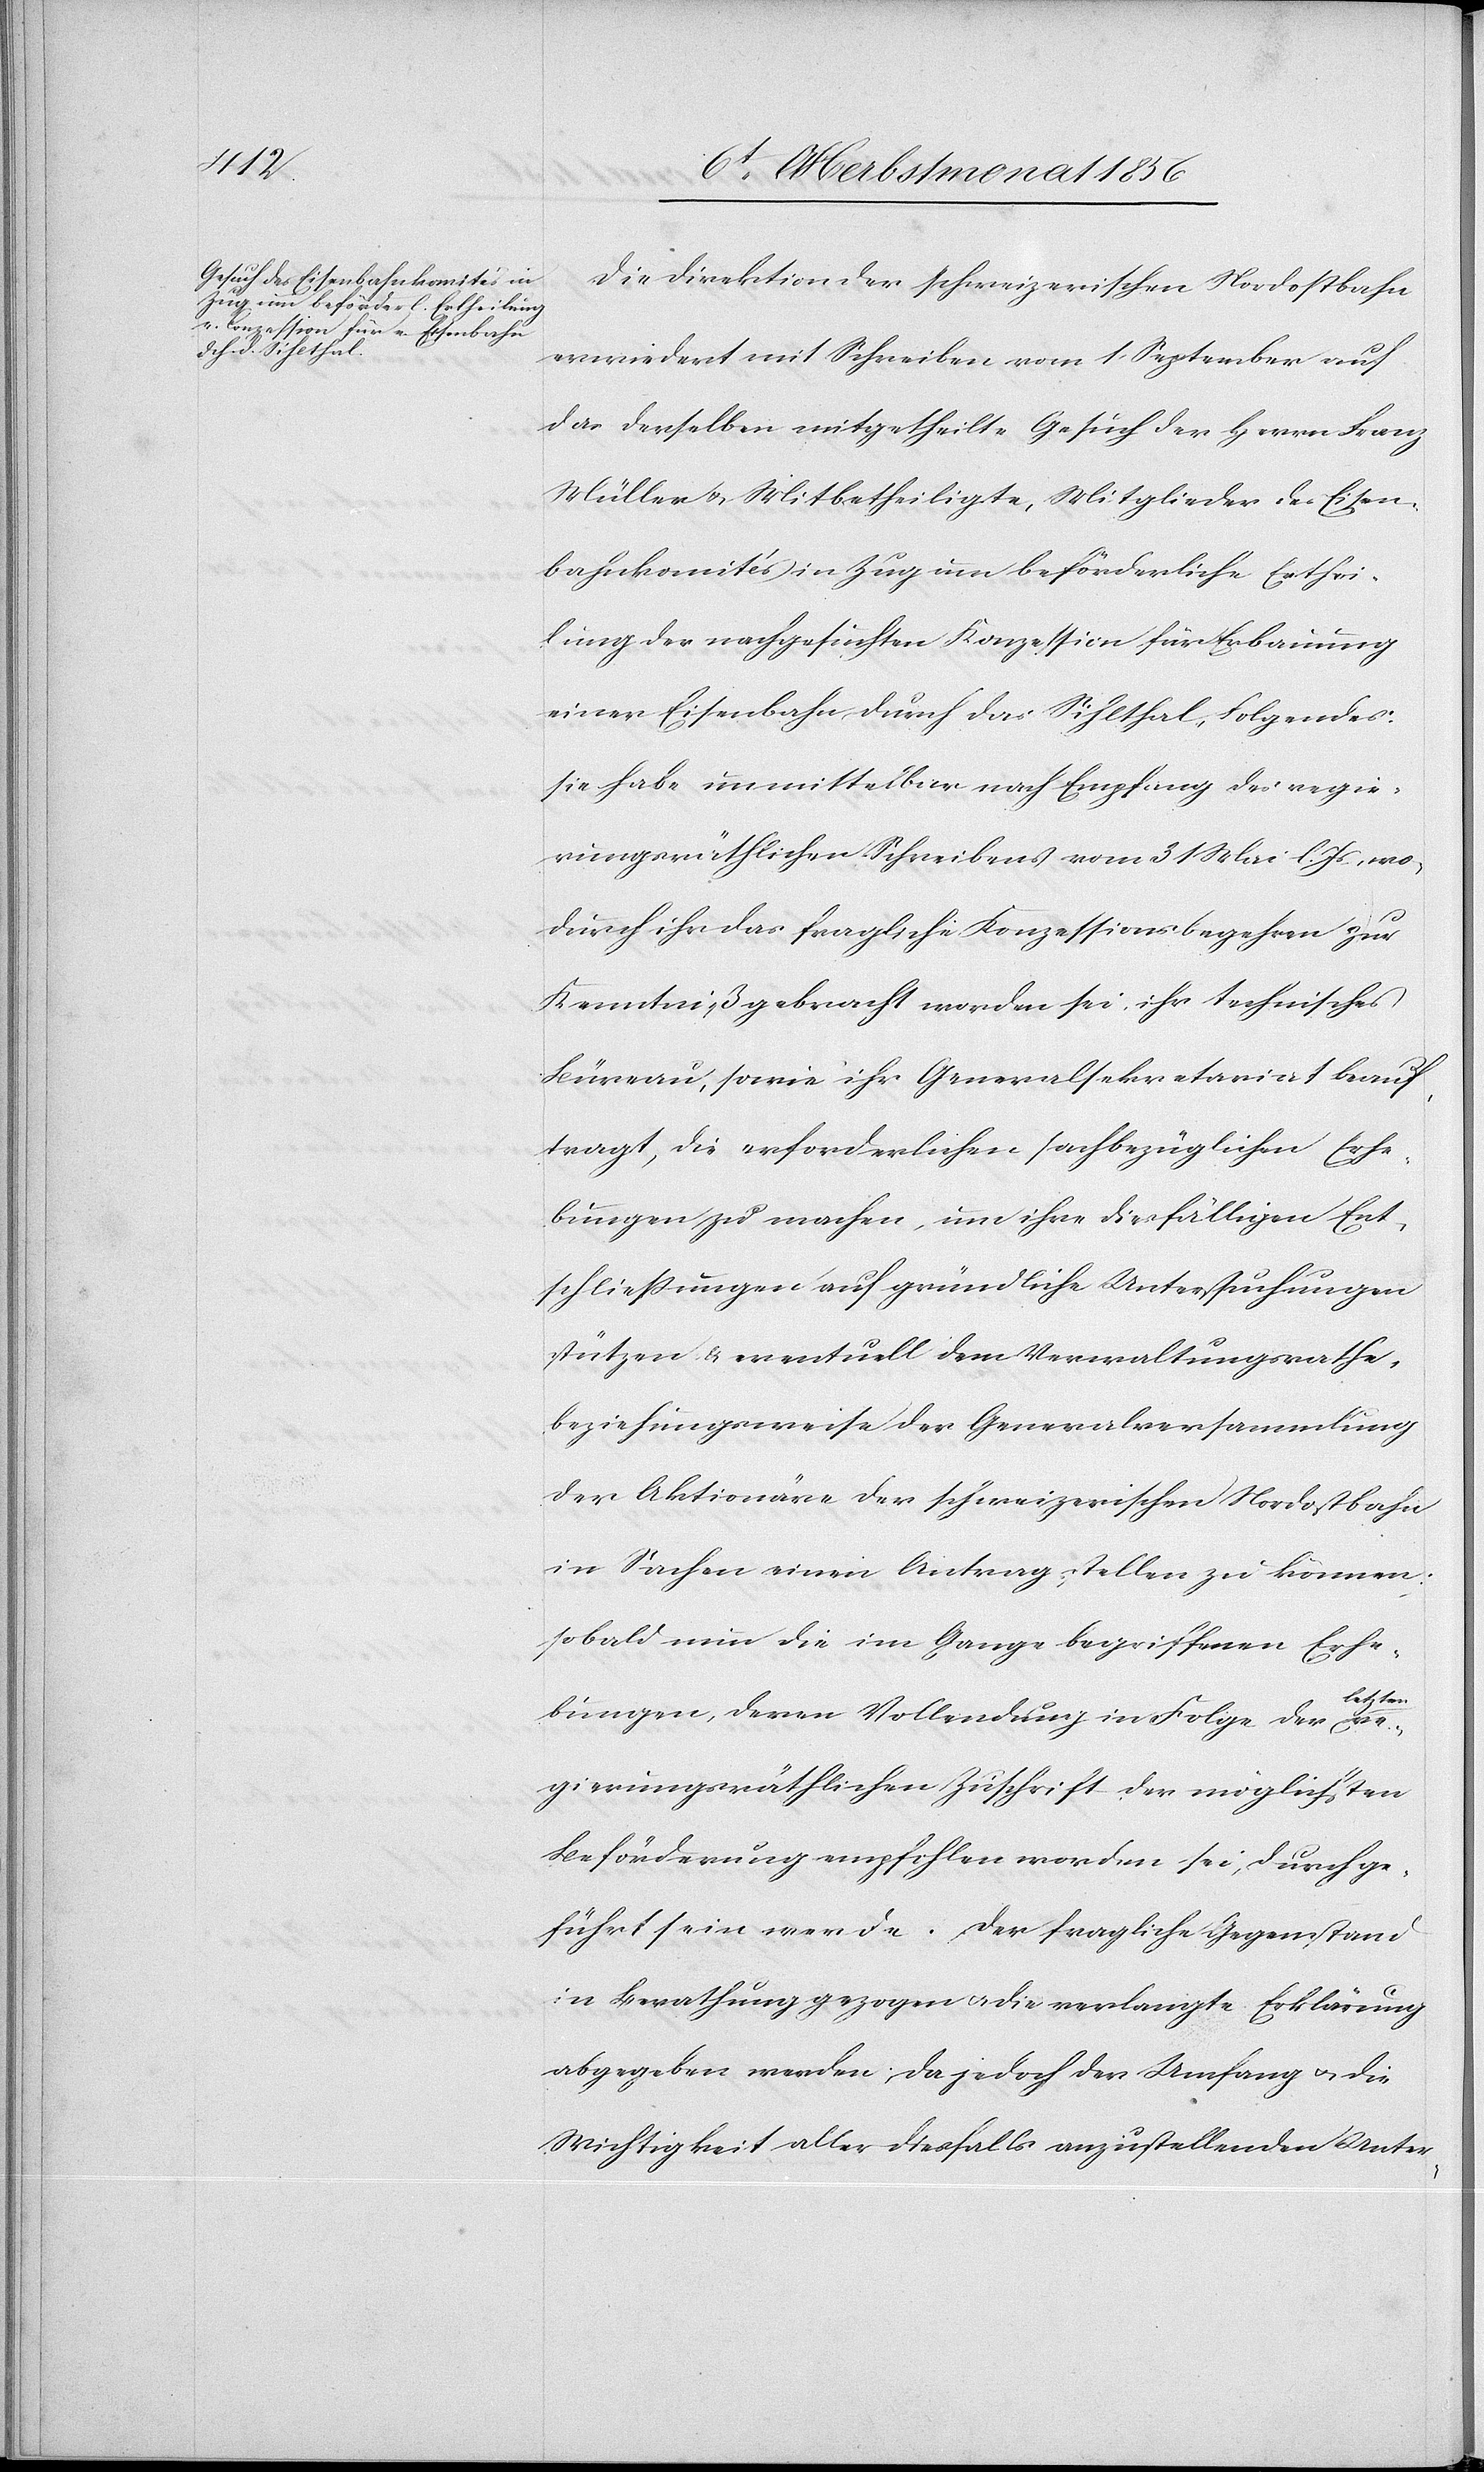
Die Direktion der schweizerischen Nordostbahn
erwiedert mit Schreiben vom 1 September auf
das derselben mitgetheilte Gesuch der Herrn Franz
Müller u. Mitbetheiligte, Mitglieder des Eisen¬
bahnkomités in Zug um beförderliche Erthei¬
lung der nachgesuchten Konzession für Erbauung
einer Eisenbahn durch das Sihlthal, Folgendes:
sie habe unmittelbar nach Empfang des regie¬
rungsräthlichen Schreibens vom 31 Mai l. Js, wo¬
durch ihr das fragliche Konzessionsbegehren zur
Kenntniß gebracht worden sei, ihr technisches
Büreau, sowie ihr Generalsekretariat beauf¬
tragt, die erforderlichen sachbezüglichen Erhe¬
bungen zu machen, um ihre diesfälligen Ent¬
schliessungen auf gründliche Untersuchungen
stützen & eventuell dem Verwaltungsrathe,
beziehungsweise der Generalversammlung
der Aktionäre der schweizerischen Nordostbahn
in Sachen einen Antrag stellen zu können;
sobald nun die im Gange begriffenen Erhe¬
etzten-a
bungen, deren Vollendung in Folge der a-l¬
regierungsräthlichen Zuschrift der möglichsten
Beförderung empfohlen worden sei, durchge¬
führt sein werde, der fragliche Gegenstand
in Berathung gezogen u. die verlangte Erklärung
abgegeben werden; da jedoch der Umfang u. die
Wichtigkeit aller diesfalls anzustellenden Unter-